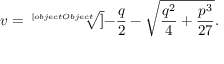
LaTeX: v = { \sqrt [ [object Object] ] { - { \frac { q } { 2 } } - { \sqrt { { \frac { q ^ { 2 } } { 4 } } + { \frac { p ^ { 3 } } { 2 7 } } } } } } .